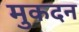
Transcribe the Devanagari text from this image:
मुकदन